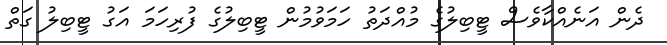
ދެން އަނެއްކާވެސް ޓީބިލުގެ މުއްދަތު ހަމަވުމުން ޓީބިލުގެ ފުރިހަމަ އަގު ޓީބިލު ގަތް